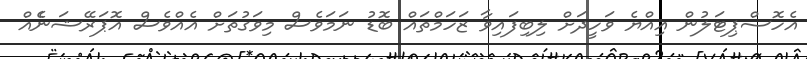
އެހޮސްޕިޓަލުން އިއްޔެ ވަހީދަށް ލިބިފައިވާ ޒަހަމްތައް ބޮޑު ނަމަވެސް މިވަގުތަށް އެއްވެސް އޮޕަރޭޝަނެެއް